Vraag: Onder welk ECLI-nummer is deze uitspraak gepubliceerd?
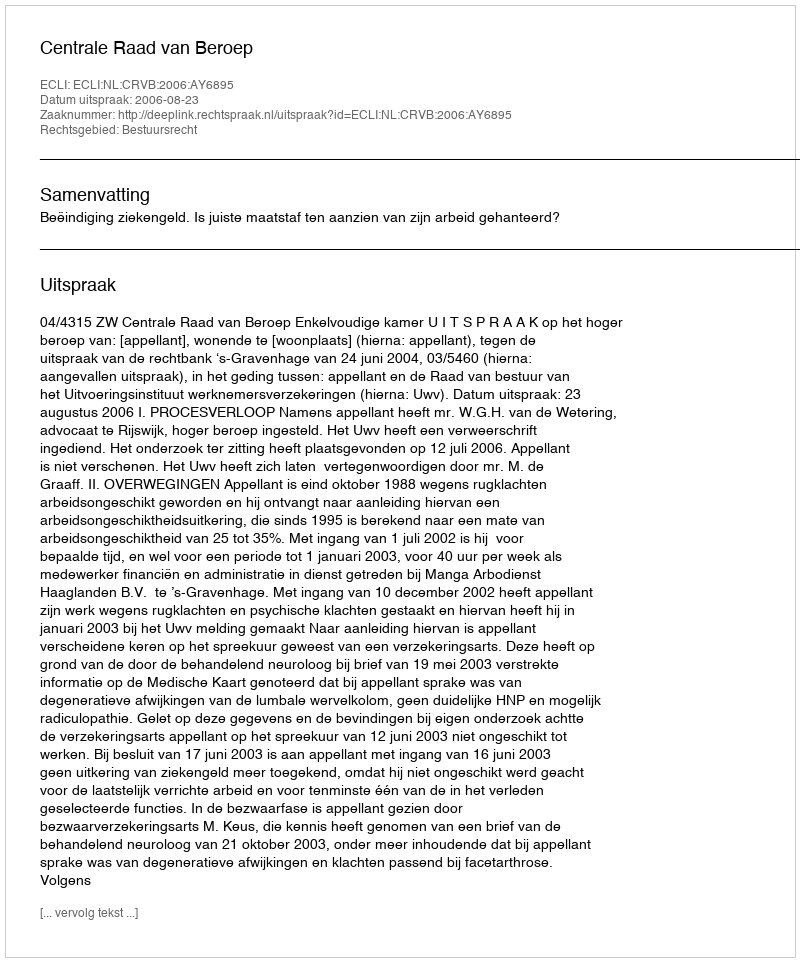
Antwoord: ECLI:NL:CRVB:2006:AY6895